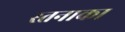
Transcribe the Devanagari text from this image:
स्तनाका